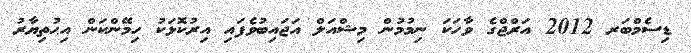
ޑިސެމްބަރ 2012 އަރްޖްގެ ވާހަކަ ނިމުމުން މިޝްއަލް އަޖައިބުވެފައި އިރުކޮޅަކު ހިމޭންކަން އިޙުތިޔާރު